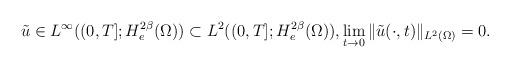
LaTeX: \begin{align*}\tilde{u} \in L^{\infty}((0,T];H_{e}^{2\beta}(\Omega)) \subset L^{2}((0,T];H_{e}^{2\beta}(\Omega)), \lim_{t\rightarrow 0}\|\tilde{u}(\cdot,t)\|_{L^{2}(\Omega)} = 0.\end{align*}